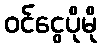
ဝင်ငွေပိုမို